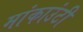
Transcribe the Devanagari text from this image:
मांकाउंटी